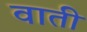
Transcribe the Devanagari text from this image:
वाती